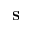
\mathbf { S }